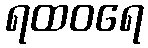
ရထဝရေ